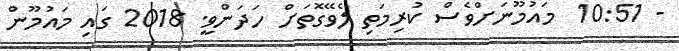
- 10:51  މައުމޫނަށްވެސް ކުރިމަތި ލެވޭގޮތަށް ހަދަންވީ. 2018 ގައި މައުމޫން